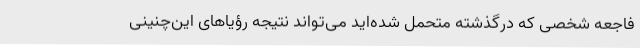
فاجعه شخصی که درگذشته متحمل شده‌اید می‌تواند نتیجه رؤیاهای این‌چنینی